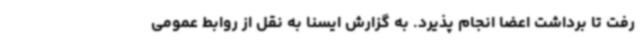
رفت تا برداشت اعضا انجام پذیرد. به گزارش ایسنا به نقل از روابط عمومی